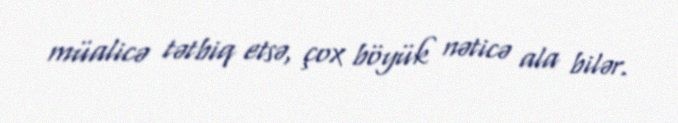
müalicə tətbiq etsə, çox böyük nəticə ala bilər.